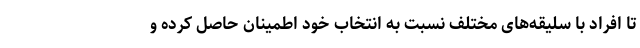
تا افراد با سلیقه‌های مختلف نسبت به انتخاب خود اطمینان حاصل کرده و